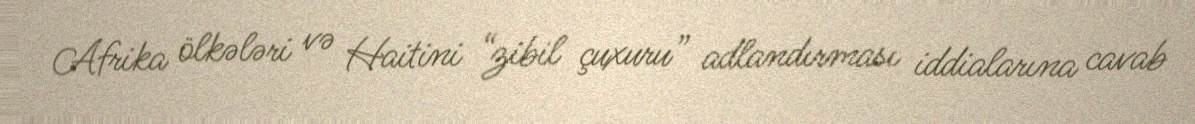
Afrika ölkələri və Haitini “zibil çuxuru” adlandırması iddialarına cavab